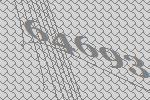
64693